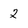
Character: 2